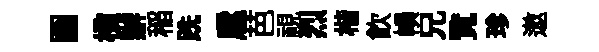
圗楹辦稲跣扈芭視烈楷飮𢄙兄覧珍遨